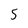
Character: S